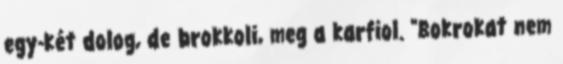
egy-két dolog, de brokkoli, meg a karfiol. "Bokrokat nem